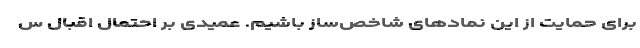
برای حمایت از این نمادهای شاخص‌ساز باشیم. عمیدی بر احتمال اقبال س